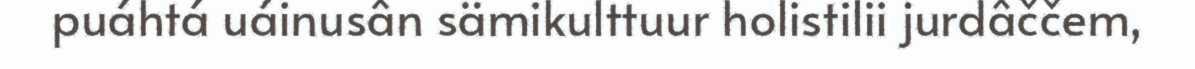
puáhtá uáinusân sämikulttuur holistilii jurdâččem,